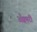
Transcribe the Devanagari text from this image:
अँक्वारी